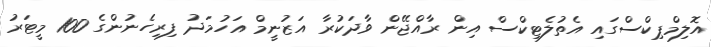
އޮލިމްޕިކްސްގައި އެތުލެޓިކްސް އިން ރާއްޖޭން ވާދަކުރާ އަޒުނީމް އަހުމަދު ފިރިހެނުންގެ 100 މީޓަރު